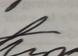
Signature authenticity: genuine